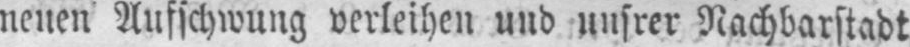
neuen Aufschwung verleihen und unsrer Nachbarstadt